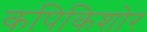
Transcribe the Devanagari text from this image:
कपिकिशोर